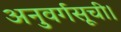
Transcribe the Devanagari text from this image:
अनुवर्गसूची।